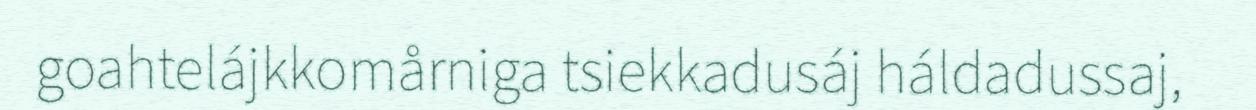
goahtelájkkomårniga tsiekkadusáj háldadussaj,